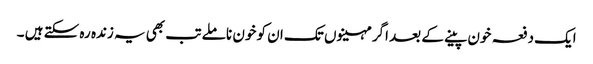
ایک دفعہ خون پینے کے بعد اگر مہینوں تک ان کو خون نا ملے تب بھی یہ زندہ رہ سکتے ہیں ۔